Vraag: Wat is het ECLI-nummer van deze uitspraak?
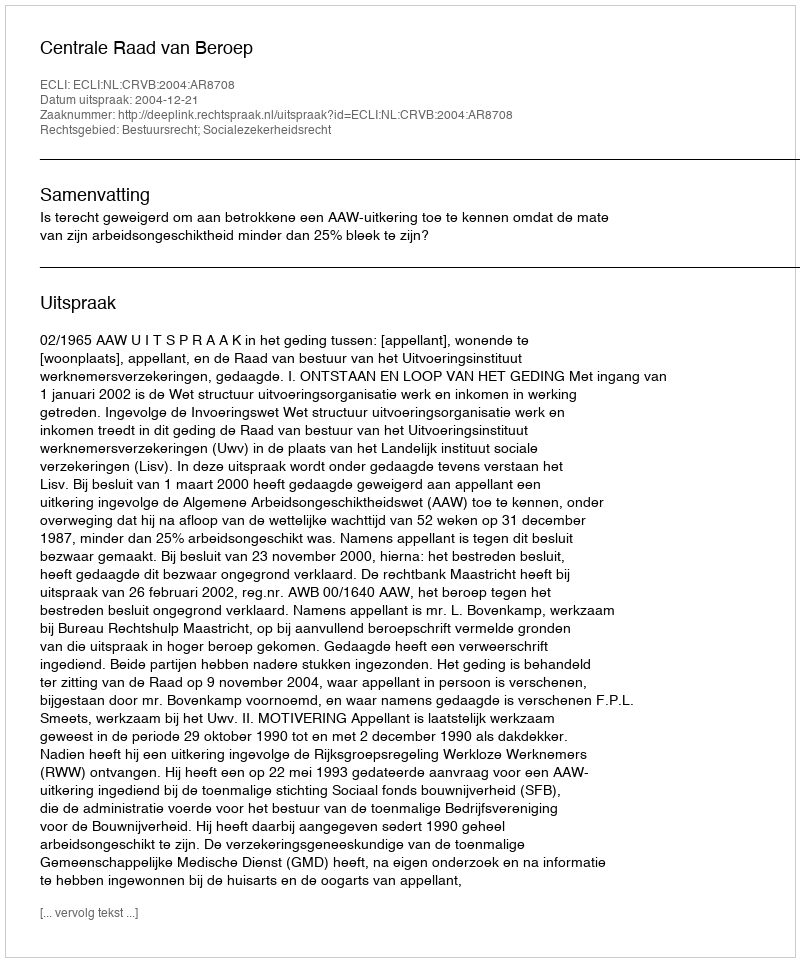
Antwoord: ECLI:NL:CRVB:2004:AR8708